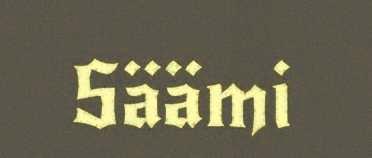
Säämi